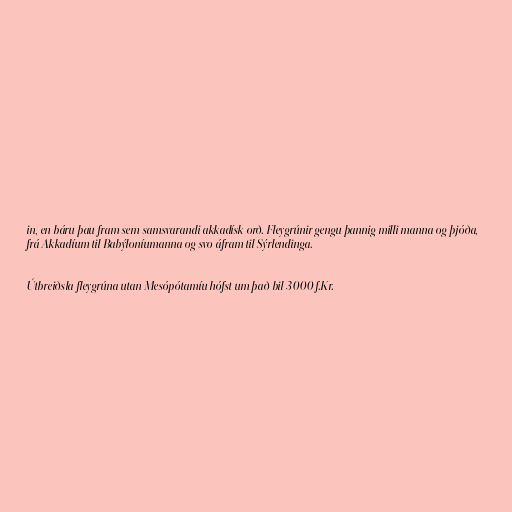
in, en báru þau fram sem samsvarandi akkadísk orð. Fleygrúnir gengu þannig milli manna og þjóða,
frá Akkadíum til Babýloníumanna og svo áfram til Sýrlendinga.

Útbreiðsla fleygrúna utan Mesópótamíu hófst um það bil 3000 f.Kr.